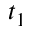
t _ { 1 }